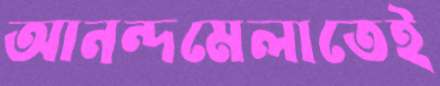
আনন্দমেলাতেই